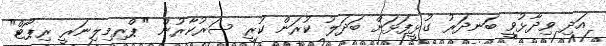
އަދި ވިދާޅުވީ ބަނދަރު ގުޅީފަޅަށް ބަދަލު ކުރަން ކުރީ ސަރުކާރުން "ޕްރިމިލިނަރީ ރިޕޯޓް"